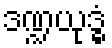
ဒဏ္ဍယုဒ္ဓံ